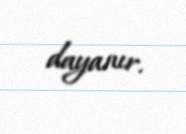
dayanır.